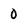
Character: 0